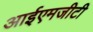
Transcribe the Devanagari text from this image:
आईएमजीटी